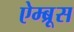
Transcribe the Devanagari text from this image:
ऐम्ब्रूस